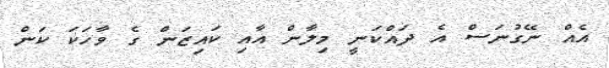
އެއް ނޭގުނަސް އެ ދައްކަނީ މިލާން އާއި ކައިޒަން ގެ ވާހަކަ ކަން